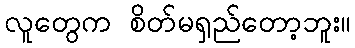
လူတွေက စိတ်မရှည်တော့ဘူး။